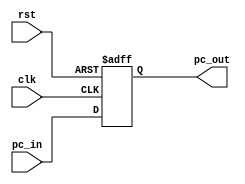
`timescale 1ns/1ps
module register_32_bits (input clk,rst, input [31:0] pc_in,  output reg [31:0] pc_out);

always @(posedge clk, negedge rst)
begin
if (~rst)
pc_out <= 32'b0;
else
pc_out <= pc_in;
end

endmodule